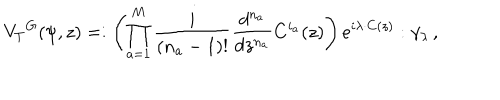
{ V _ { T } } ^ { G } ( \psi , z ) = : \left( \prod _ { a = 1 } ^ { M } { \frac { i } { ( n _ { a } - 1 ) ! } } { \frac { d ^ { n _ { a } } } { d z ^ { n _ { a } } } } C ^ { i _ { a } } ( z ) \right) e ^ { i \lambda \cdot C ( z ) } : \gamma _ { \lambda } \, ,